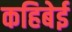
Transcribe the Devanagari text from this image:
कहिबेई